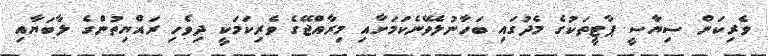
ވެރިކަން ސިޔާސީ ޕާޓީތަކުގެ މެދުގައި ބަހާނުލެވޭނެކަމަށާއި މިރާއްޖޭގެ ވެރިކަމަކީ ދިވެހި ރައްޔިތުންގެ ލާބަޔާއި